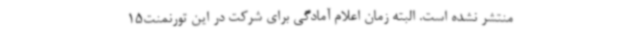
منتشر نشده است. البته زمان اعلام آمادگی برای شرکت در این تورنمنت15